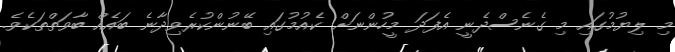
މި ލިޔުމުގައި މި ގެނެސްދެނީ އެފަދަ މީހުންނަށް ކެއުމުގައި ބޭނުންކުރެވިދާނެ ބައެއް ބާވަތްތަކެވެ.